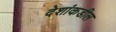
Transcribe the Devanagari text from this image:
देशांकडील